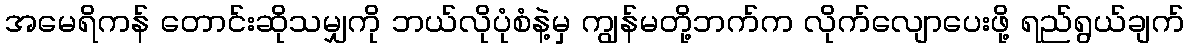
အမေရိကန် တောင်းဆိုသမျှကို ဘယ်လိုပုံစံနဲ့မှ ကျွန်မတို့ဘက်က လိုက်လျောပေးဖို့ ရည်ရွယ်ချက်